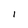
Character: 1